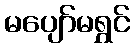
မပျော်မရွှင်